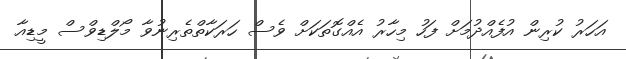
އަހަރު ކުރިން އުފެއްދުމަށް ފަހު މިހާރު އެއްގޮތަކަށް ވެސް ހަރަކާތްތެރިނުވާ މޯލްޑިވްސް މީޑިއާ